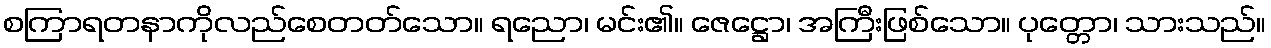
စကြာရတနာကိုလည်စေတတ်သော။ ရညော၊ မင်း၏။ ဇေဋ္ဌော၊ အကြီးဖြစ်သော။ ပုတ္တော၊ သားသည်။